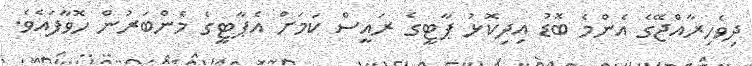
ދިވެހިރާއްޖޭގެ އެންމެ ބޮޑު އިދިކޮޅު ޕާޓީގެ ރައީސް ކަމަށް އެޕާޓީގެ މެންބަރުން ހޮވާފައެވެ.